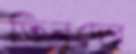
তিনুদের